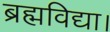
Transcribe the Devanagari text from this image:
ब्रह्मविद्या।